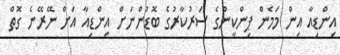
އިންޑިއާ އިން މަމެން ޕިންކީންގެ ސަރުކާރުގެ ބޮޑުންނަށް އިންޑިއާ އަށް ނޭރޭނެ ގޮތް